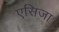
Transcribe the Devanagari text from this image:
एसिजा